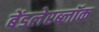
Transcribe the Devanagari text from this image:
बेंडलेरब्लॉक